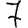
Digit: 7